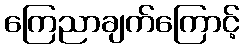
ကြေညာချက်ကြောင့်